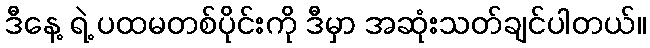
ဒီနေ့ ရဲ့ ပထမတစ်ပိုင်းကို ဒီမှာ အဆုံးသတ်ချင်ပါတယ်။